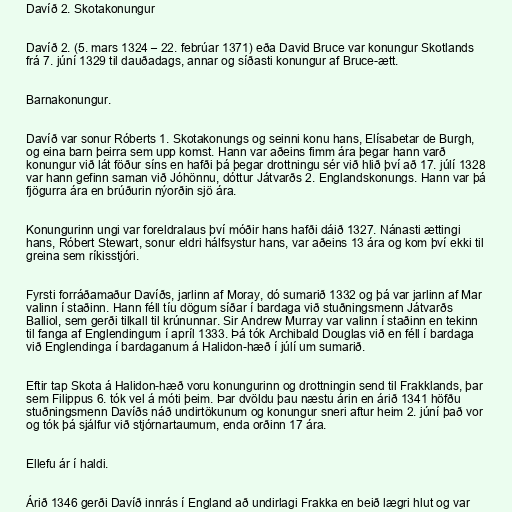
Davíð 2. Skotakonungur

Davíð 2. (5. mars 1324 – 22. febrúar 1371) eða David Bruce var konungur Skotlands
frá 7. júní 1329 til dauðadags, annar og síðasti konungur af Bruce-ætt.

Barnakonungur.

Davíð var sonur Róberts 1. Skotakonungs og seinni konu hans, Elísabetar de Burgh,
og eina barn þeirra sem upp komst. Hann var aðeins fimm ára þegar hann varð
konungur við lát föður síns en hafði þá þegar drottningu sér við hlið því að 17. júlí 1328
var hann gefinn saman við Jóhönnu, dóttur Játvarðs 2. Englandskonungs. Hann var þá
fjögurra ára en brúðurin nýorðin sjö ára.

Konungurinn ungi var foreldralaus því móðir hans hafði dáið 1327. Nánasti ættingi
hans, Róbert Stewart, sonur eldri hálfsystur hans, var aðeins 13 ára og kom því ekki til
greina sem ríkisstjóri.

Fyrsti forráðamaður Davíðs, jarlinn af Moray, dó sumarið 1332 og þá var jarlinn af Mar
valinn í staðinn. Hann féll tíu dögum síðar í bardaga við stuðningsmenn Játvarðs
Balliol, sem gerði tilkall til krúnunnar. Sir Andrew Murray var valinn í staðinn en tekinn
til fanga af Englendingum í apríl 1333. Þá tók Archibald Douglas við en féll í bardaga
við Englendinga í bardaganum á Halidon-hæð í júlí um sumarið.

Eftir tap Skota á Halidon-hæð voru konungurinn og drottningin send til Frakklands, þar
sem Filippus 6. tók vel á móti þeim. Þar dvöldu þau næstu árin en árið 1341 höfðu
stuðningsmenn Davíðs náð undirtökunum og konungur sneri aftur heim 2. júní það vor
og tók þá sjálfur við stjórnartaumum, enda orðinn 17 ára.

Ellefu ár í haldi.

Árið 1346 gerði Davíð innrás í England að undirlagi Frakka en beið lægri hlut og var